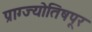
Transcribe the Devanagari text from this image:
प्राग्ज्योतिषपूर